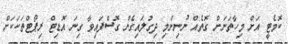
ކޮމެޓީ އަށް މިހާތަނަށް ގޮތެއް ނުނިންމި ދިގުލައިގެން ގޮސްފައިވާ ގިނަ އޮޑިޓް ރިޕޯޓްތަކަކަށް